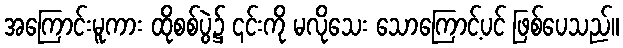
အကြောင်းမူကား ထိုစစ်ပွဲ၌ ၎င်းကို မလိုသေး သောကြောင့်ပင် ဖြစ်ပေသည်။